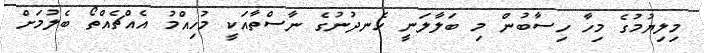
މިލިޔުމުގެ މިހާ ހިސާބުން މި ބަލާލަަނީ ހެނދުނުގެ ނާސްތާއަކީ މުހިއްމު އެއްޗެއްތޯ ބެލުމަށް